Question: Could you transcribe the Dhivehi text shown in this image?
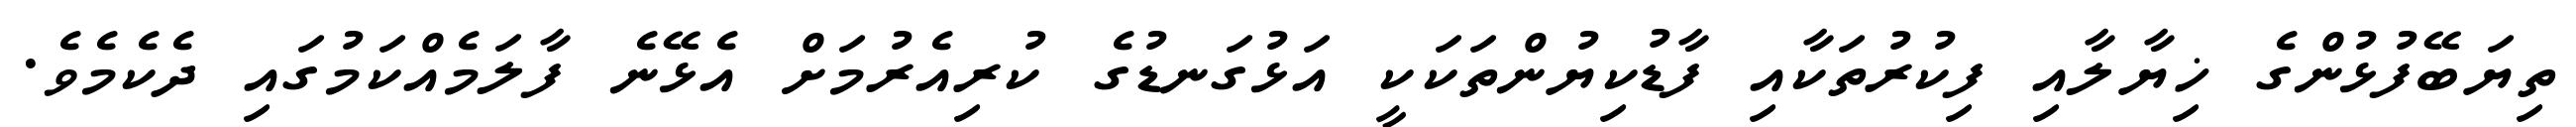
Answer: ތިޔަބޭފުޅުންގެ ޚިޔާލާއި ފިކުރުތަކާއި ފާޑުކިޔުންތަކަކީ އަޅުގަނޑުގެ ކުރިއެރުމަށް އެޅޭނެ ފާލަމެއްކަމުގައި ދެކެމެވެ.